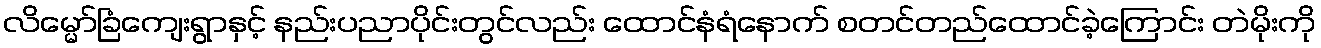
လိမ္မော်ခြံကျေးရွာနှင့် နည်းပညာပိုင်းတွင်လည်း ထောင်နံရံနောက် စတင်တည်ထောင်ခဲ့ကြောင်း တဲမိုးကို